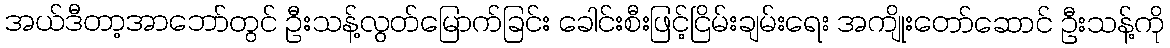
အယ်ဒီတာ့အာဘော်တွင် ဦးသန့်လွတ်မြောက်ခြင်း ခေါင်းစီးဖြင့်ငြိမ်းချမ်းရေး အကျိုးတော်ဆောင် ဦးသန့်ကို